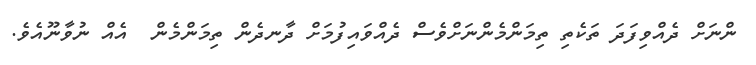
ންނަށް ދެއްވިފަދަ ތަކެތި ތިމަންމެންނަށްވެސް ދެއްވައިފުމަށް ދާނދެން ތިމަންމެން  އެއް ނުވާނޫއެވެ.